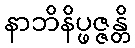
နာဘိနိပ္ဖဇ္ဇန္တိ